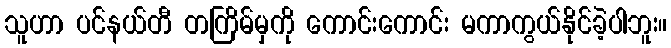
သူဟာ ပင်နယ်တီ တကြိမ်မှကို ကောင်းကောင်း မကာကွယ်နိုင်ခဲ့ပါဘူး။